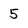
Character: 5